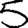
Digit: 5